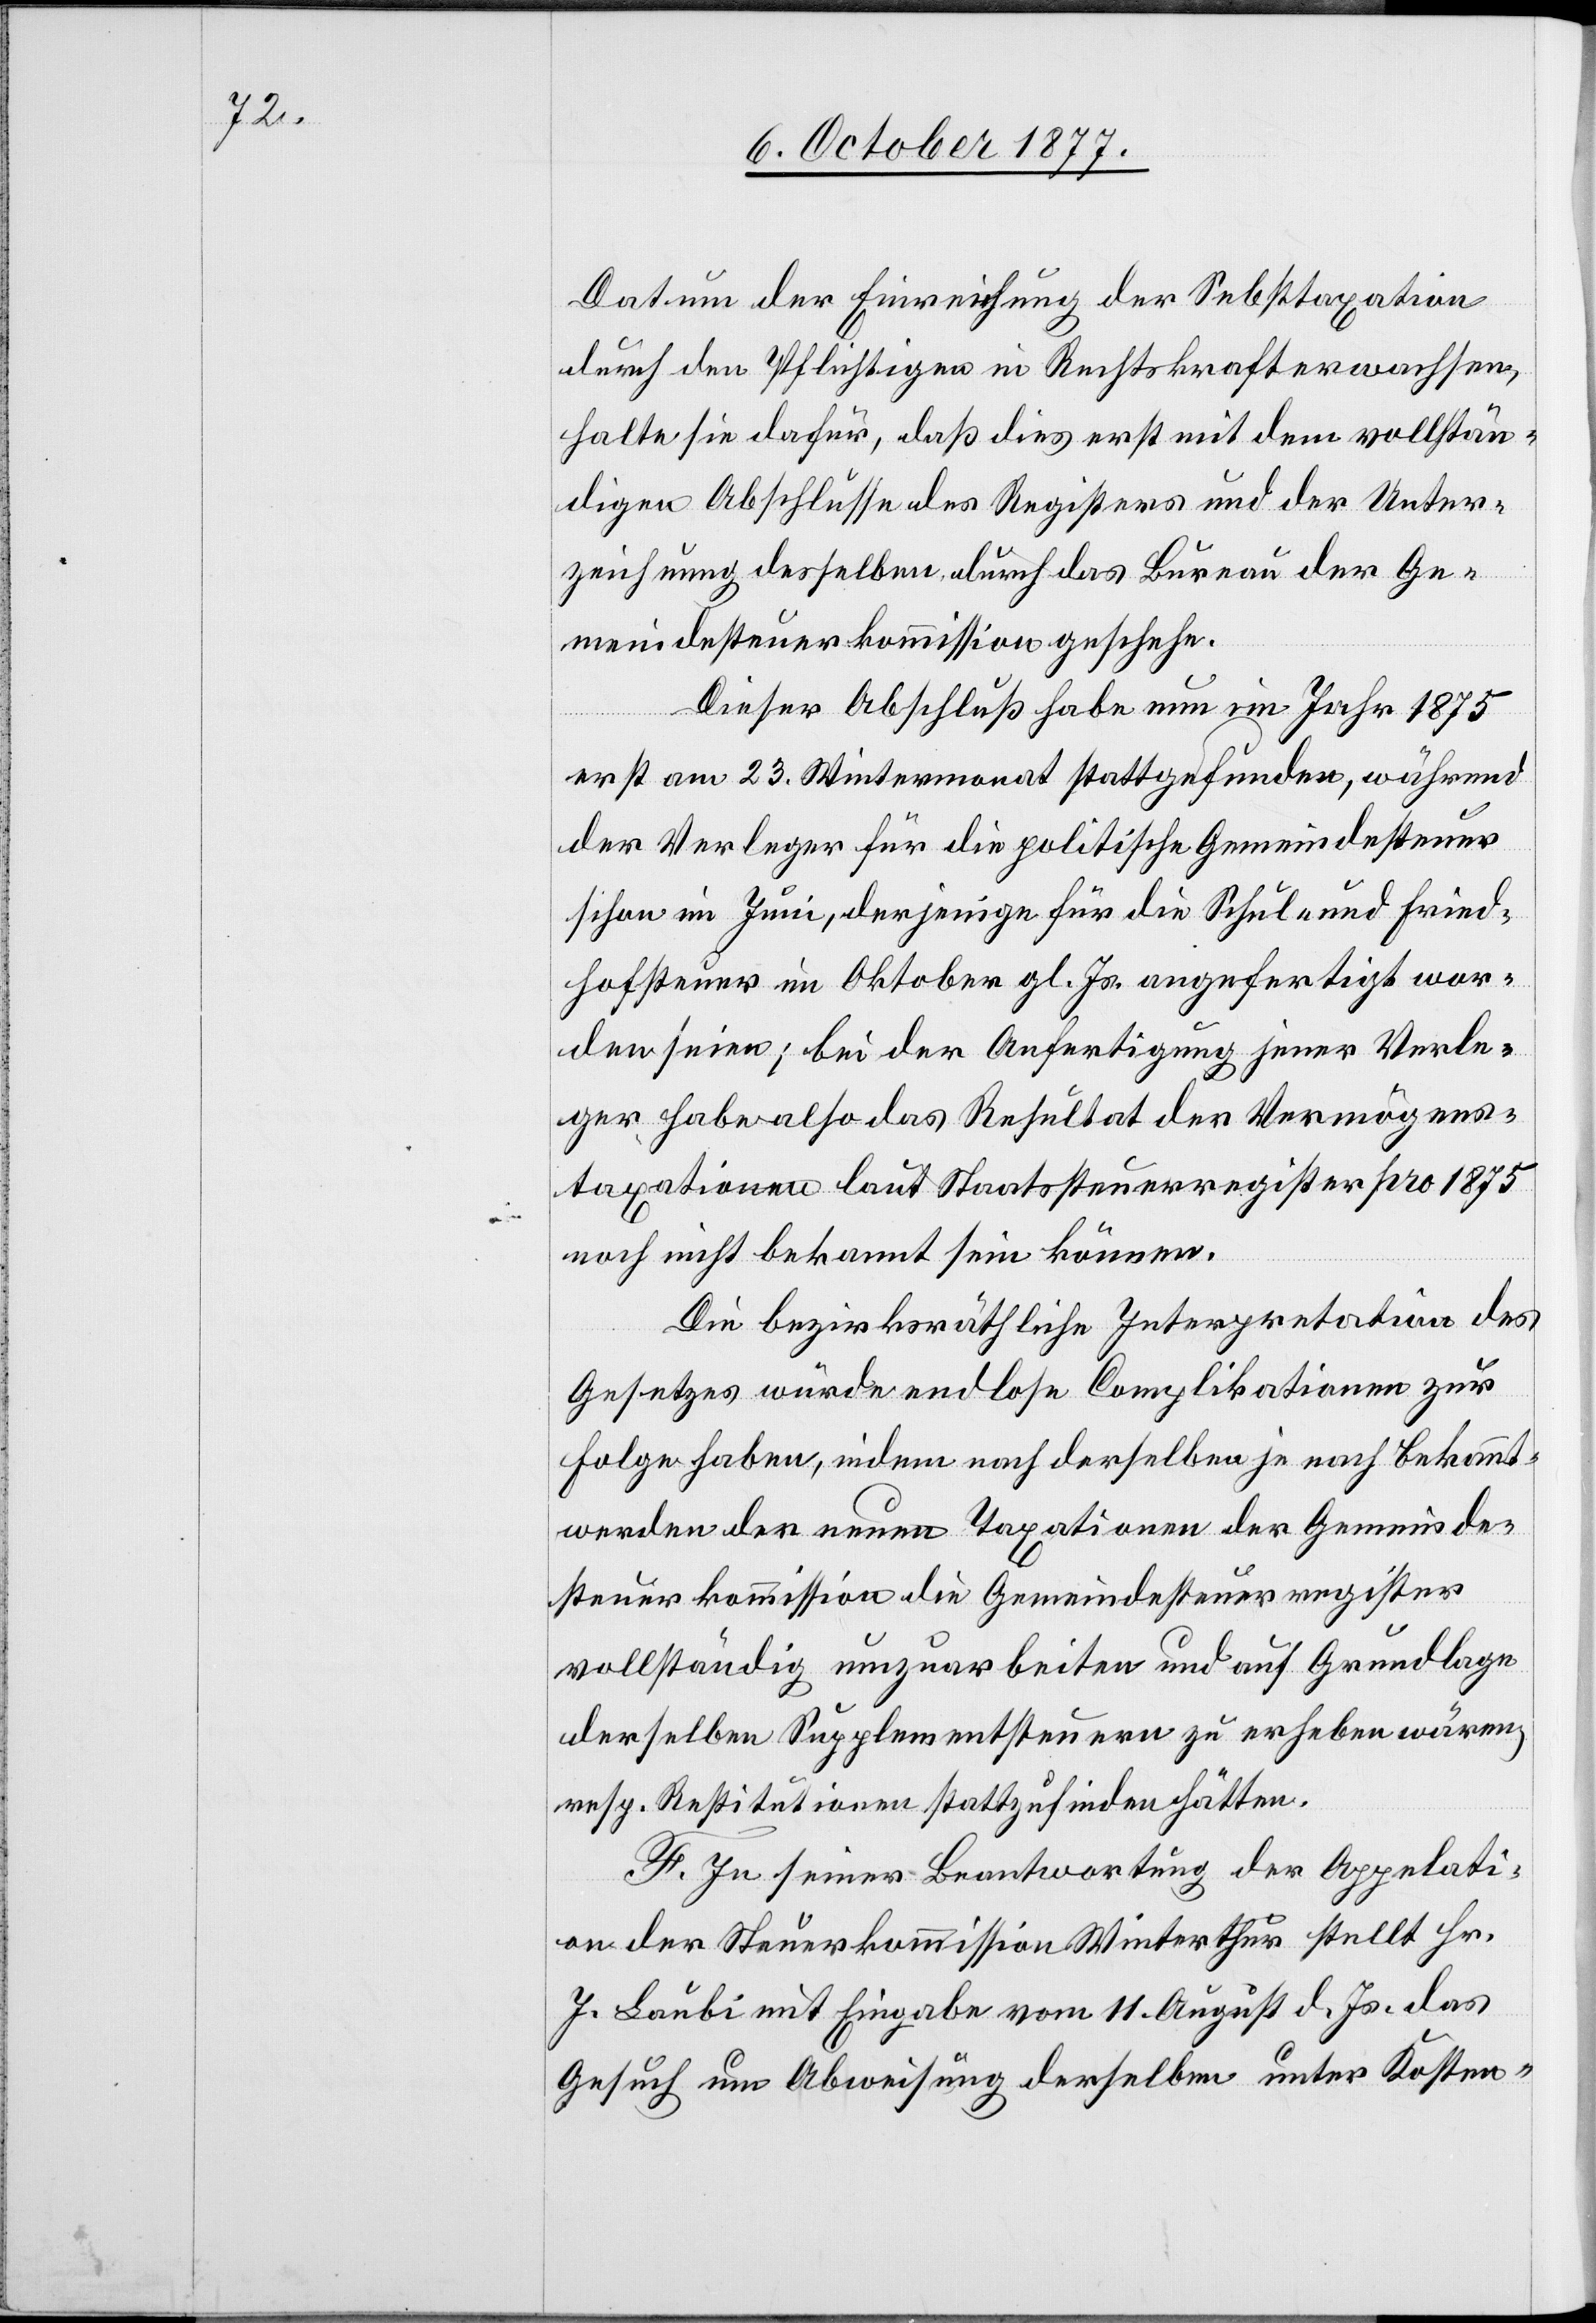
Datum der Einreichung der Se[l]bsttaxation
durch den Pflichtigen in Rechtskraft erwachsen,
halte sie dafür, daß dies erst mit dem vollstän¬
digen Abschlusse des Registers und der Unter¬
zeichnung desselben durch das Bureau der Ge¬
meindesteuerkommission geschehe.
Dieser Abschluß habe nun im Jahr 1875
erst am 23. Wintermonat stattgefunden, während
der Verleger für die politische Gemeindesteuer
schon im Juni, derjenige für die Schul- und Fried¬
hofsteuer im Oktober gl. Js. angefertigt wor¬
den seien; bei der Anfertigung jener Verle¬
ger habe also das Resultat der Vermögens¬
taxationen laut Staatssteuerregister pro 1875
noch nicht bekannt sein können.
Die bezirksräthliche Interpretation des
Gesetzes würde endlose Complikationen zur
Folge haben, indem nach derselben je nach Bekannt¬
werden der neuen Taxationen der Gemeinde¬
steuerkommission die Gemeindesteuerregister
vollständig umzuarbeiten und auf Grundlage
derselben Supplementsteuern zu erheben wären,
resp. Restitutionen stattzufinden hätten.
F. In seiner Beantwortung der Appel[l]ati¬
on der Steuerkommission Winterthur stellt Hr.
J. Laubi mit Eingabe vom 11. August d. Js. das
Gesuch um Abweisung derselben unter Kosten-